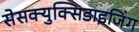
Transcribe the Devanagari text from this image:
सेसक्युक्सिडाइजिंग